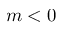
m < 0